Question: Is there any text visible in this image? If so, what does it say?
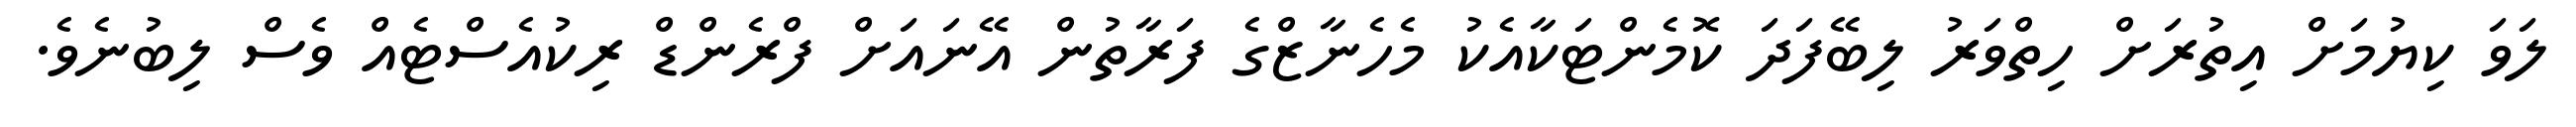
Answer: ލަވަ ކިޔުމަށް އިތުރަށް ހިތްވަރު ލިބޭފަދަ ކޮމެންޓަކާއެކު މެހެނާޒްގެ ފަރާތުން އޭނައަށް ފްރެންޑް ރިކުއެސްޓެއް ވެސް ލިބުނެވެ.